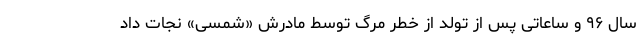
سال ۹۶ و ‌ساعاتی ‌پس از تولد از خطر مرگ توسط مادرش «شمسی» نجات داد